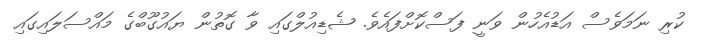
ކުރި ނަމަވެސް އަޑުއެހުން ވަނީ ފަސްކޮށްފައެވެ. ޝެޑިއުލްގައި ވާ ގޮތުން ޔައުގޫބްގެ މައްސަލައިގައި